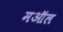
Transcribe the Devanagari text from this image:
मऑल